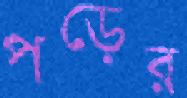
পড়ের